Indian Medical Review
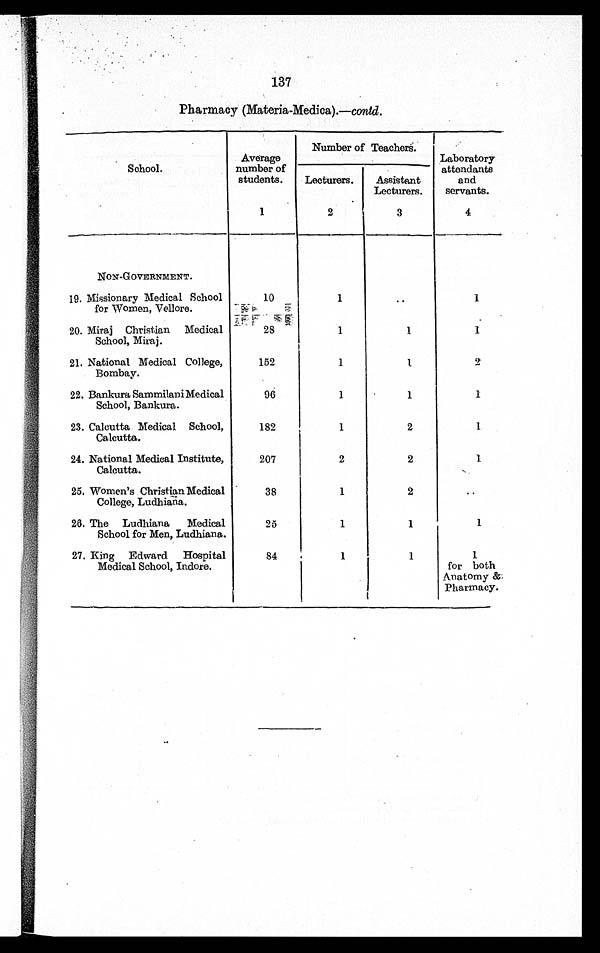
137
Pharmacy (Materia-Medica).— contd.
School.
Average
number of
students.
1
Number of Teachers.
Laboratory
attendants
and
servants.
4
Lecturers.
2
Assistant
Lecturers.
3
NON-GOVERNMENT.
19. Missionary Medical School
for Women, Vellore.
10
1
..
1
20. Miraj Christian Medical
School, Miraj.
28
1
1
1
21. National Medical College,
Bombay.
152
1
1
2
22. Bankura Sammilan
i Medical School, Bankura.
96
1
1
1
23. Calcutta Medical School,
Calcutta.
182
1
2
1
24. National Medical Institute,
Calcutta.
207
2
2
1
25. Women's Christian Medical
College, Ludhiana.
38
1
2
..
26. The Ludhiana Medical
School for Men, Ludhiana.
25
1
1
1
27. King Edward Hospital
Medical School, Indore.
84
1
1
1
for both
Anatomy &
Pharmacy.